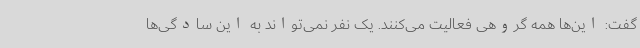
گفت: این‌ها همه گروهی فعالیت می‌کنند. یک نفر نمی‌تواند به این سادگی‌ها